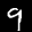
Label: 9